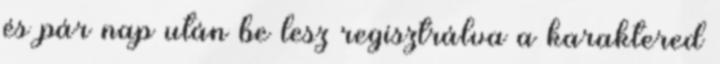
és pár nap után be lesz regisztrálva a karaktered